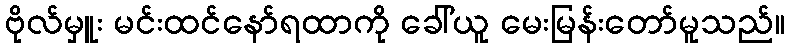
ဗိုလ်မှူး မင်းထင်နော်ရထာကို ခေါ်ယူ မေးမြန်းတော်မူသည်။